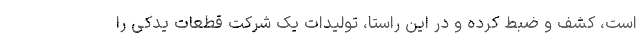
است، کشف و ضبط کرده و در این راستا، تولیدات یک شرکت قطعات یدکی را